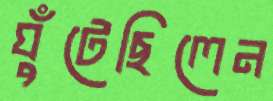
ঘুঁটেছিলেন